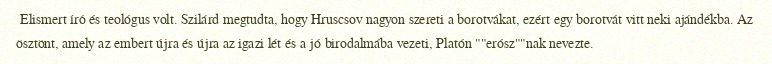
Elismert író és teológus volt. Szilárd megtudta, hogy Hruscsov nagyon szereti a borotvákat, ezért egy borotvát vitt neki ajándékba. Az ösztönt, amely az embert újra és újra az igazi lét és a jó birodalmába vezeti, Platón ""erósz""nak nevezte.